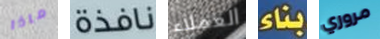
ماذا نافذة العملاء بناء مروري